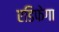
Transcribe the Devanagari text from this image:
एडिफेगा